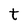
Character: t